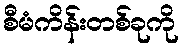
စီမံကိန်းတစ်ခုကို